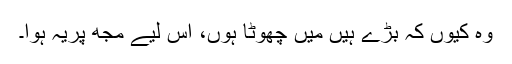
وہ کیوں کہ بڑے ہیں میں چھوٹا ہوں، اس لیے مجھ پریہ ہوا۔